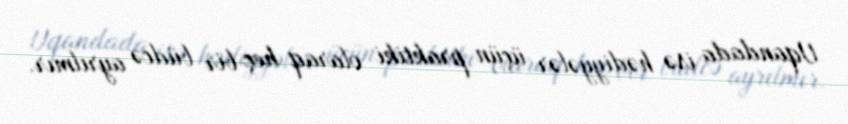
Uqandada isə hədiyyələr üçün praktiki olaraq heç bir büdcə ayrılmır.